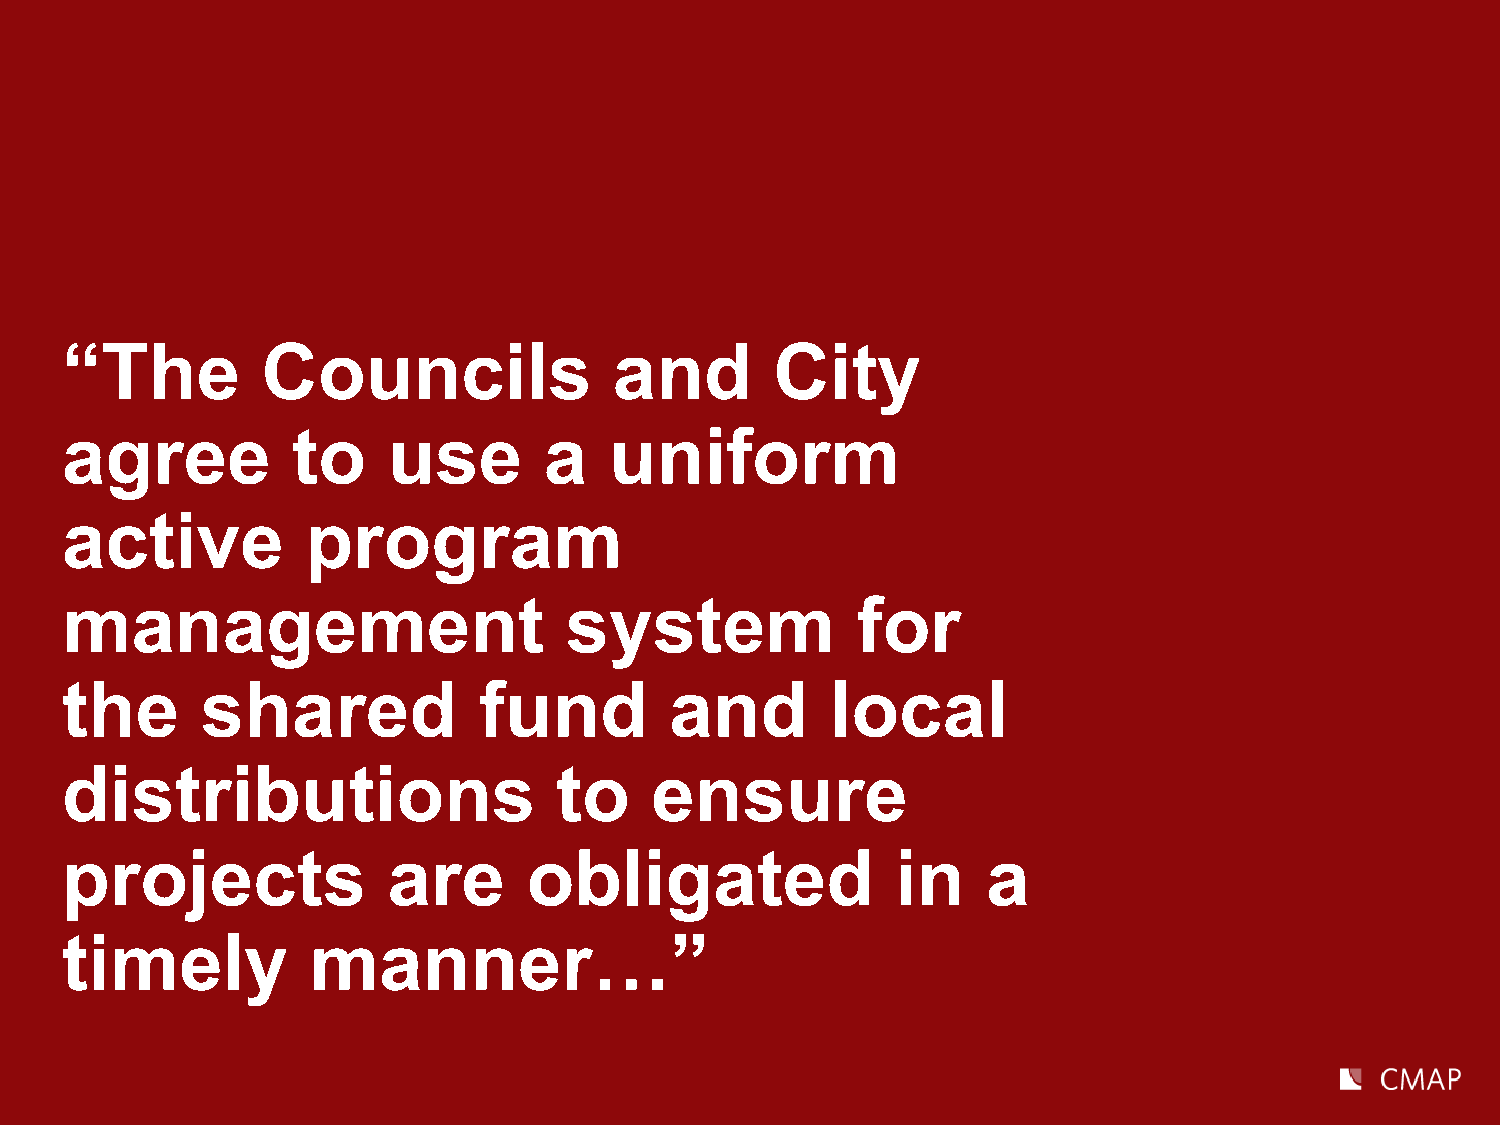
“The         Councils                and       City
 agree          to     use       a   uniform
 active          program
 management                       system              for
 the      shared             fund        and        local
 distributions                    to    ensure
 projects              are      obligated               in    a
 timely          manner…”